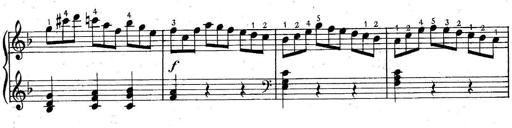
Title: 6 Easy Sonatinas
Composer: Carl Czerny